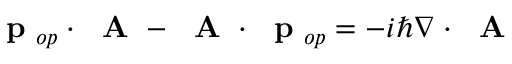
\mathrm { ~ \bf ~ p ~ } _ { o p } \cdot \mathrm { ~ \bf ~ A ~ } - \mathrm { ~ \bf ~ A ~ } \cdot \mathrm { ~ \bf ~ p ~ } _ { o p } = - i \hbar \nabla \cdot \mathrm { ~ \bf ~ A ~ }